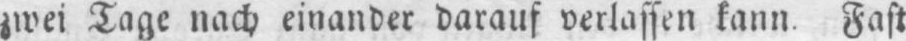
zwei Tage nach einander darauf verlassen kann. Fast